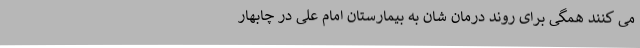
می کنند همگی برای روند درمان شان به بیمارستان امام علی در چابهار